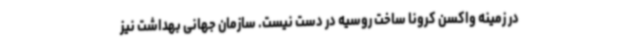
در زمینه واکسن کرونا ساخت روسیه در دست نیست. سازمان جهانی بهداشت نیز